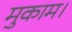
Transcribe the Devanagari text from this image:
मुकाम।